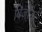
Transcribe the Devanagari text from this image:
बिजोऊ